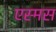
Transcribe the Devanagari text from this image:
एस्मस